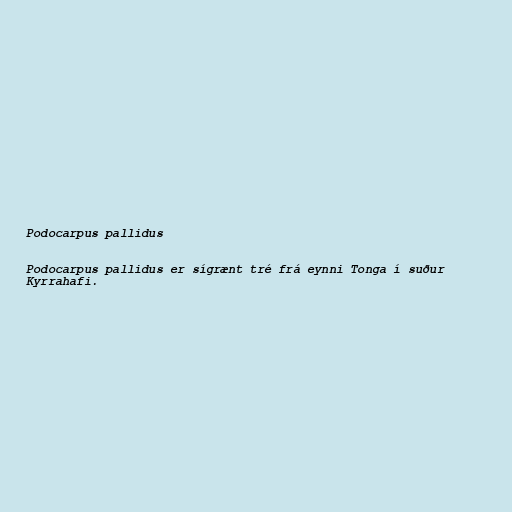
Podocarpus pallidus

Podocarpus pallidus er sígrænt tré frá eynni Tonga í suður
Kyrrahafi.